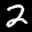
Label: 2